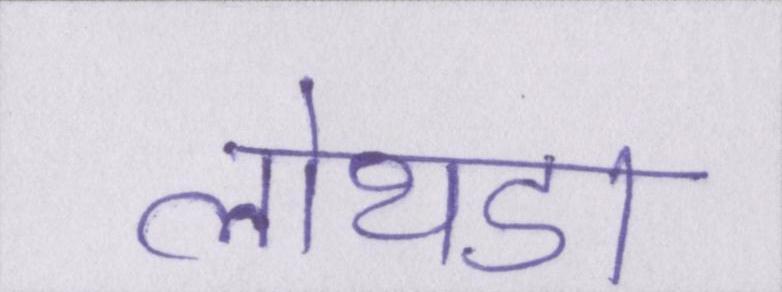
लोथडा